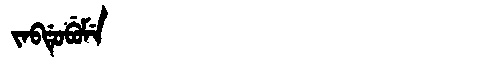
Manchu: ᠵᠠᠪᡩᡠᠪᡠᠮᡝ
Romanization: JABDUBUME